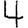
Digit: 4